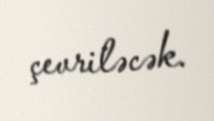
çevriləcək.